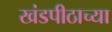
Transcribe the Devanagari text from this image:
खंडपीठाच्या